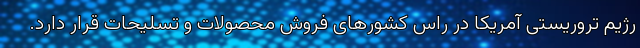
رژیم تروریستی آمریکا در راس کشورهای فروش محصولات و تسلیحات ‌قرار دارد.